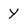
Character: Y